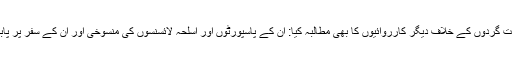
پرویز نے دہشت گردوں کے خلاف دیگر کارروائیوں کا بھی مطالبہ کیا: ان کے پاسپورٹوں اور اسلحہ لائسنسوں کی منسوخی اور ان کے سفر پر پابندی عائد کرنا۔